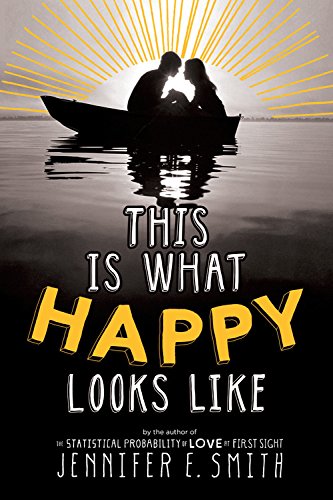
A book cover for This Is What Happy Looks Like; Jennifer E. Smith; Teen & Young Adult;